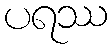
ပရဿ